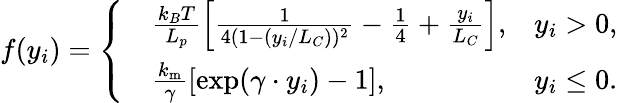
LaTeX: f(y_{i})=\left\{ \begin{array}{rlr}&{\frac{k_{B}T}{L_{p}}\left[\frac{1}{4(1-(y_{i}/L_{C}))^{2}}-\frac{1}{4}+\frac{y_{i}}{L_{C}}\right],}&{y_{i}>0,}\\ &{\frac{k_{\mathrm{m}}}{\gamma}[\exp(\gamma\cdot y_{i})-1],}&{y_{i}\le 0.}\end{array}\right.